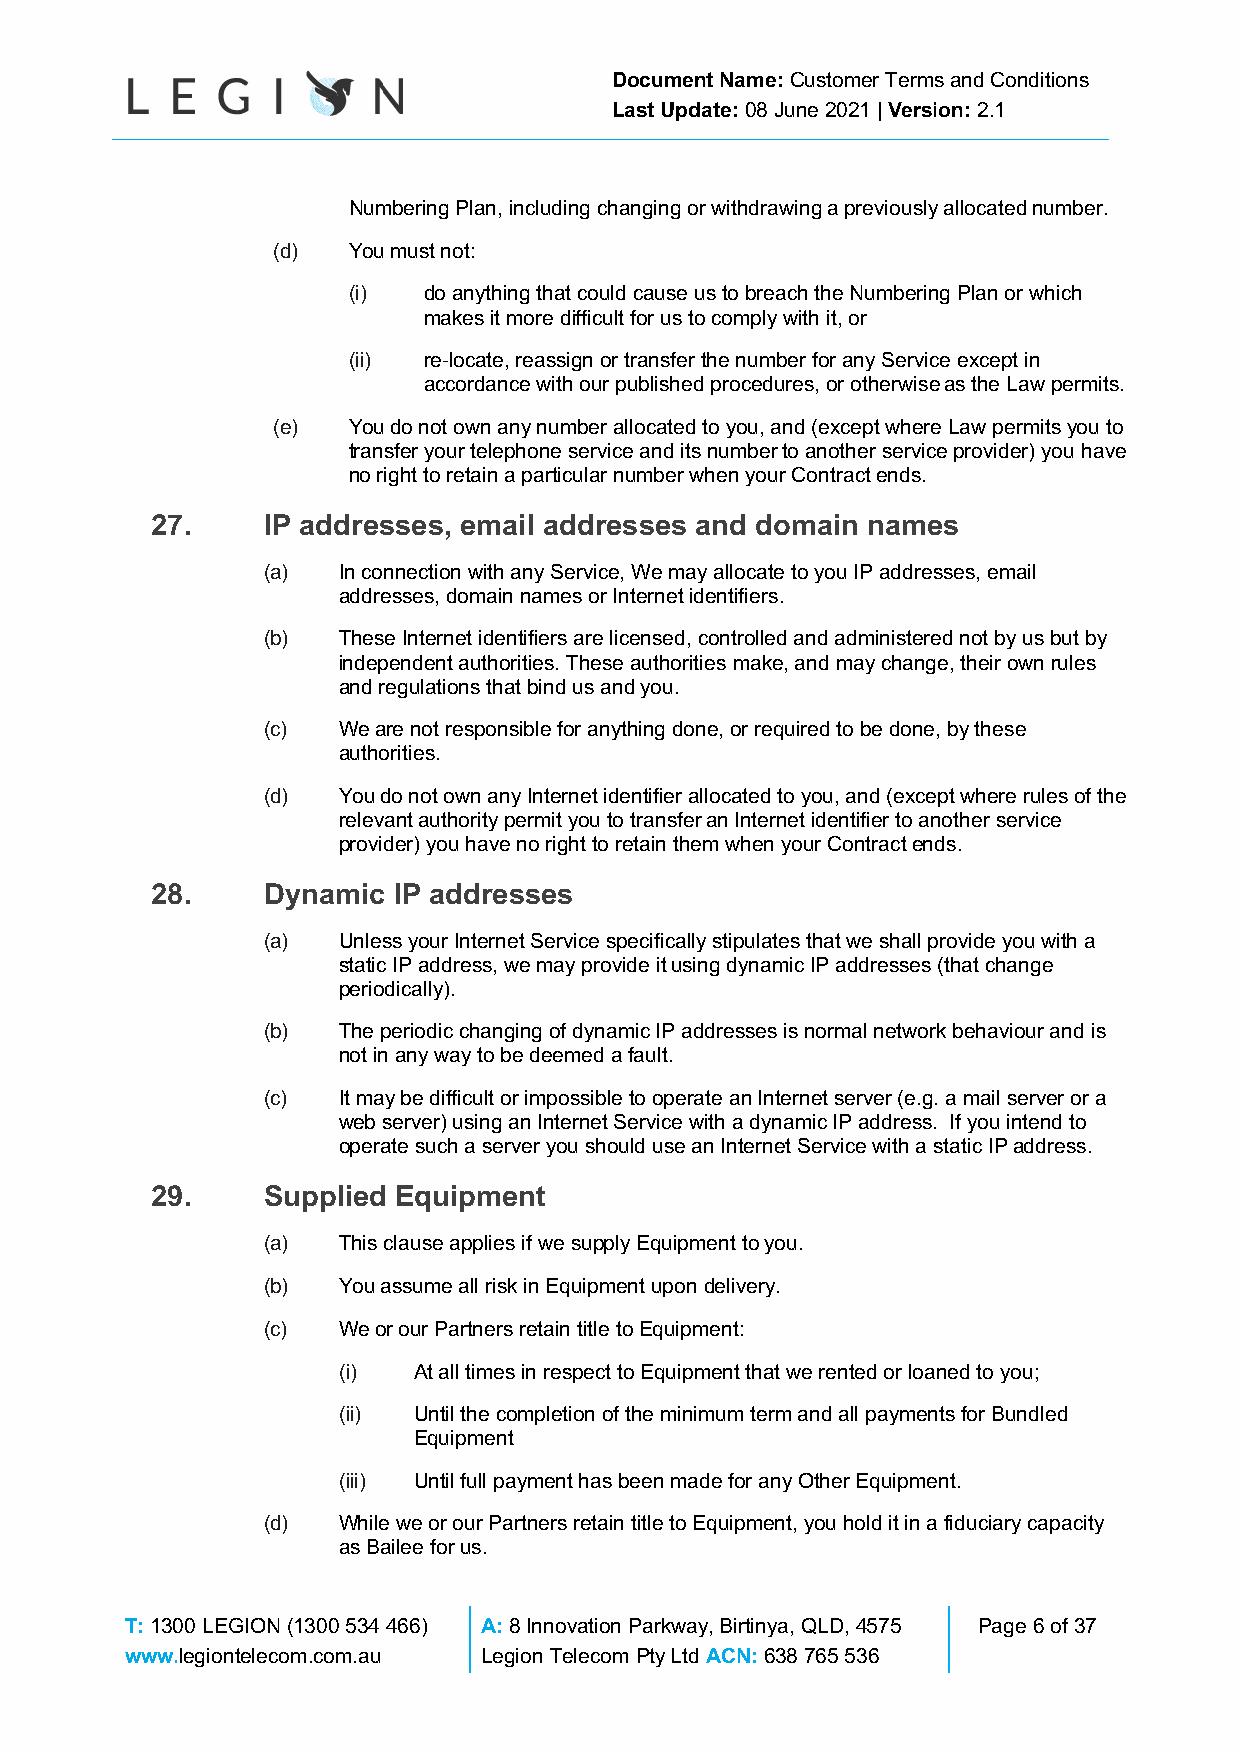
Document Name: Customer Terms and Conditions
 Last Update: 08 June 2021 | Version: 2.1
 Numbering Plan, including changing or withdrawing a previously allocated number.
 (d)  You must not:
 (i)  do anything that could cause us to breach the Numbering Plan or which
 makes it more difficult for us to comply with it, or
 (ii) re-locate, reassign or transfer the number for any Service except in
 accordance with our published procedures, or otherwise as the Law permits.
 (e)  You do not own any number allocated to you, and (except where Law permits you to
 transfer your telephone service and its number to another service provider) you have
 no right to retain a particular number when your Contract ends.
 27.    IP addresses, email addresses and domain names
 (a)  In connection with any Service, We may allocate to you IP addresses, email
 addresses, domain names or Internet identifiers.
 (b)  These Internet identifiers are licensed, controlled and administered not by us but by
 independent authorities. These authorities make, and may change, their own rules
 and regulations that bind us and you.
 (c)  We are not responsible for anything done, or required to be done, by these
 authorities.
 (d)  You do not own any Internet identifier allocated to you, and (except where rules of the
 relevant authority permit you to transfer an Internet identifier to another service
 provider) you have no right to retain them when your Contract ends.
 28.    Dynamic  IP addresses
 (a)  Unless your Internet Service specifically stipulates that we shall provide you with a
 static IP address, we may provide it using dynamic IP addresses (that change
 periodically).
 (b)  The periodic changing of dynamic IP addresses is normal network behaviour and is
 not in any way to be deemed a fault.
 (c)  It may be difficult or impossible to operate an Internet server (e.g. a mail server or a
 web server) using an Internet Service with a dynamic IP address. If you intend to
 operate such a server you should use an Internet Service with a static IP address.
 29.    Supplied Equipment
 (a)  This clause applies if we supply Equipment to you.
 (b)  You assume all risk in Equipment upon delivery.
 (c)  We or our Partners retain title to Equipment:
 (i)  At all times in respect to Equipment that we rented or loaned to you;
 (ii) Until the completion of the minimum term and all payments for Bundled
 Equipment
 (iii) Until full payment has been made for any Other Equipment.
 (d)  While we or our Partners retain title to Equipment, you hold it in a fiduciary capacity
 as Bailee for us.
 T: 1300 LEGION (1300 534 466) A: 8 Innovation Parkway, Birtinya, QLD, 4575 Page 6 of 37
 www.legiontelecom.com.au Legion Telecom Pty Ltd ACN: 638 765 536